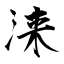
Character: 涞